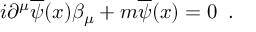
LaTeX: i \partial ^ { \mu } \overline { { { \psi } } } ( x ) \beta _ { \mu } + m \overline { { { \psi } } } ( x ) = 0 \, \, \, .